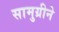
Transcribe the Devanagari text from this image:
सामुग्रीने